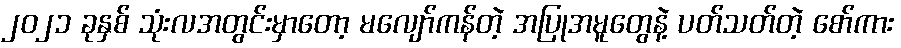
၂၀၂၁ ခုနှစ် သုံးလအတွင်းမှာတော့ မလျော်ကန်တဲ့ အပြုအမူတွေနဲ့ ပတ်သတ်တဲ့ စော်ကား